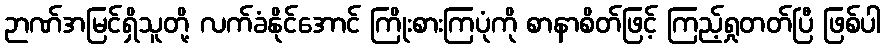
ဉာဏ်အမြင်ရှိသူတို့ လက်ခံနိုင်အောင် ကြိုးစားကြပုံကို စာနာစိတ်ဖြင့် ကြည့်ရှုတတ်ပြီ ဖြစ်ပါ